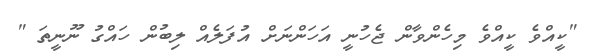
"ކީއްވެ ކީއްވެ މިހެންވާން ޖެހުނީ އަހަންނަށް އުފަލެއް ލިބުން ހައްގު ނޫނީތަ "